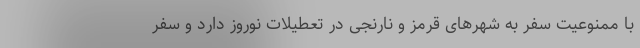
با ممنوعیت سفر به شهرهای قرمز و نارنجی در تعطیلات نوروز دارد و سفر